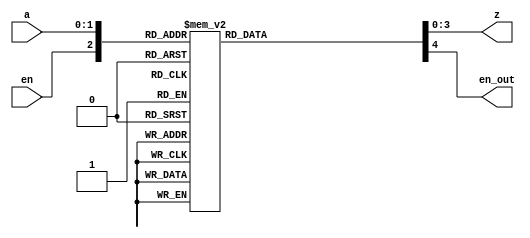
`timescale 1ns / 1ps
//////////////////////////////////////////////////////////////////////////////////
// Company: Davis Semiconductor
// 
// Design Name: 
// Module Name:    encoder_2_4_case 
// Project Name: 
// Target Devices: Arty A7-35T
// Tool versions: Vivado 2020.1
// Description: Implements a 2-to-4 encoder with enable
//
// Dependencies: 
//
// Revision: 
// Revision 0.01 - File Created
// Additional Comments: 
//   Functionally equivalent to the encoder_2_4 project, only this one is written
//   using behavioural modelling and therefore uses a case statement.
//////////////////////////////////////////////////////////////////////////////////
module encode_2_4_case(input [1:0] a, input en, output reg [3:0] z, output reg en_out);

 always @*
     case ({en, a})
       3'b000, 
       3'b001, 
       3'b010, 
       3'b011 : begin
                  z = 4'b0000;
                  en_out = 1'b0;
                 end
       3'b100 : begin
                  z = 4'b0001;
                  en_out = 1'b1;
                end
       3'b101 : begin 
                  z = 4'b0010;
                  en_out = 1'b1;
                end
       3'b110 : begin
                  z = 4'b0100;
                  en_out = 1'b1;
                end
       3'b111 : begin
                  z = 4'b1000;
                  en_out = 1'b1;
                end
     endcase
     
endmodule